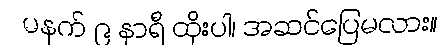
မနက် ၉ နာရီ ထိုးပါ၊ အဆင်ပြေမလား။